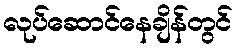
လုပ်ဆောင်နေချိန်တွင်